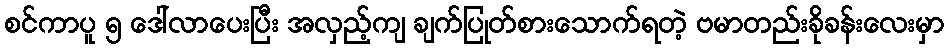
စင်ကာပူ ၅ ဒေါ်လာပေးပြီး အလှည့်ကျ ချက်ပြုတ်စားသောက်ရတဲ့ ဗမာတည်းခိုခန်းလေးမှာ